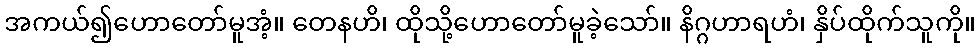
အကယ်၍ဟောတော်မူအံ့။ တေနဟိ၊ ထိုသို့ဟောတော်မူခဲ့သော်။ နိဂ္ဂဟာရဟံ၊ နှိပ်ထိုက်သူကို။